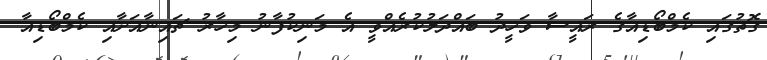
ގޮތުގައި ކެމްބޯޑިއާގެ ރައީސާ ވަހީދު ބައްދަލުކުރެއްވީ އެ މަނިކުފާނު މިހާރު ޗައިނާއަށާއި ކެމްބޯޑިއާ